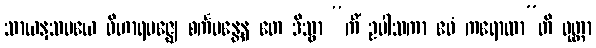
သာယနှသမယေ ဝိဟာရမဇ္ဈေ စင်္ကမန္တေန တေ ဒိသွာ “ကိံ ဥပါသကာ ဧဝံ ကရောထာ”တိ ဝုတ္တာ